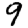
Digit: 9